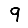
Digit: 9